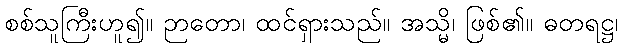
စစ်သူကြီးဟူ၍။ ဉာတော၊ ထင်ရှားသည်။ အသ္မိ၊ ဖြစ်၏။ ဓတရဋ္ဌ၊